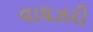
વાઘઝરી